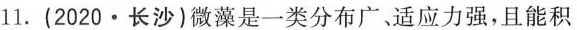
11.(2020·长沙)微藻是一类分布广、适应力强，且能积